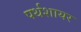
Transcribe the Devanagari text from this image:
पर्थशायर